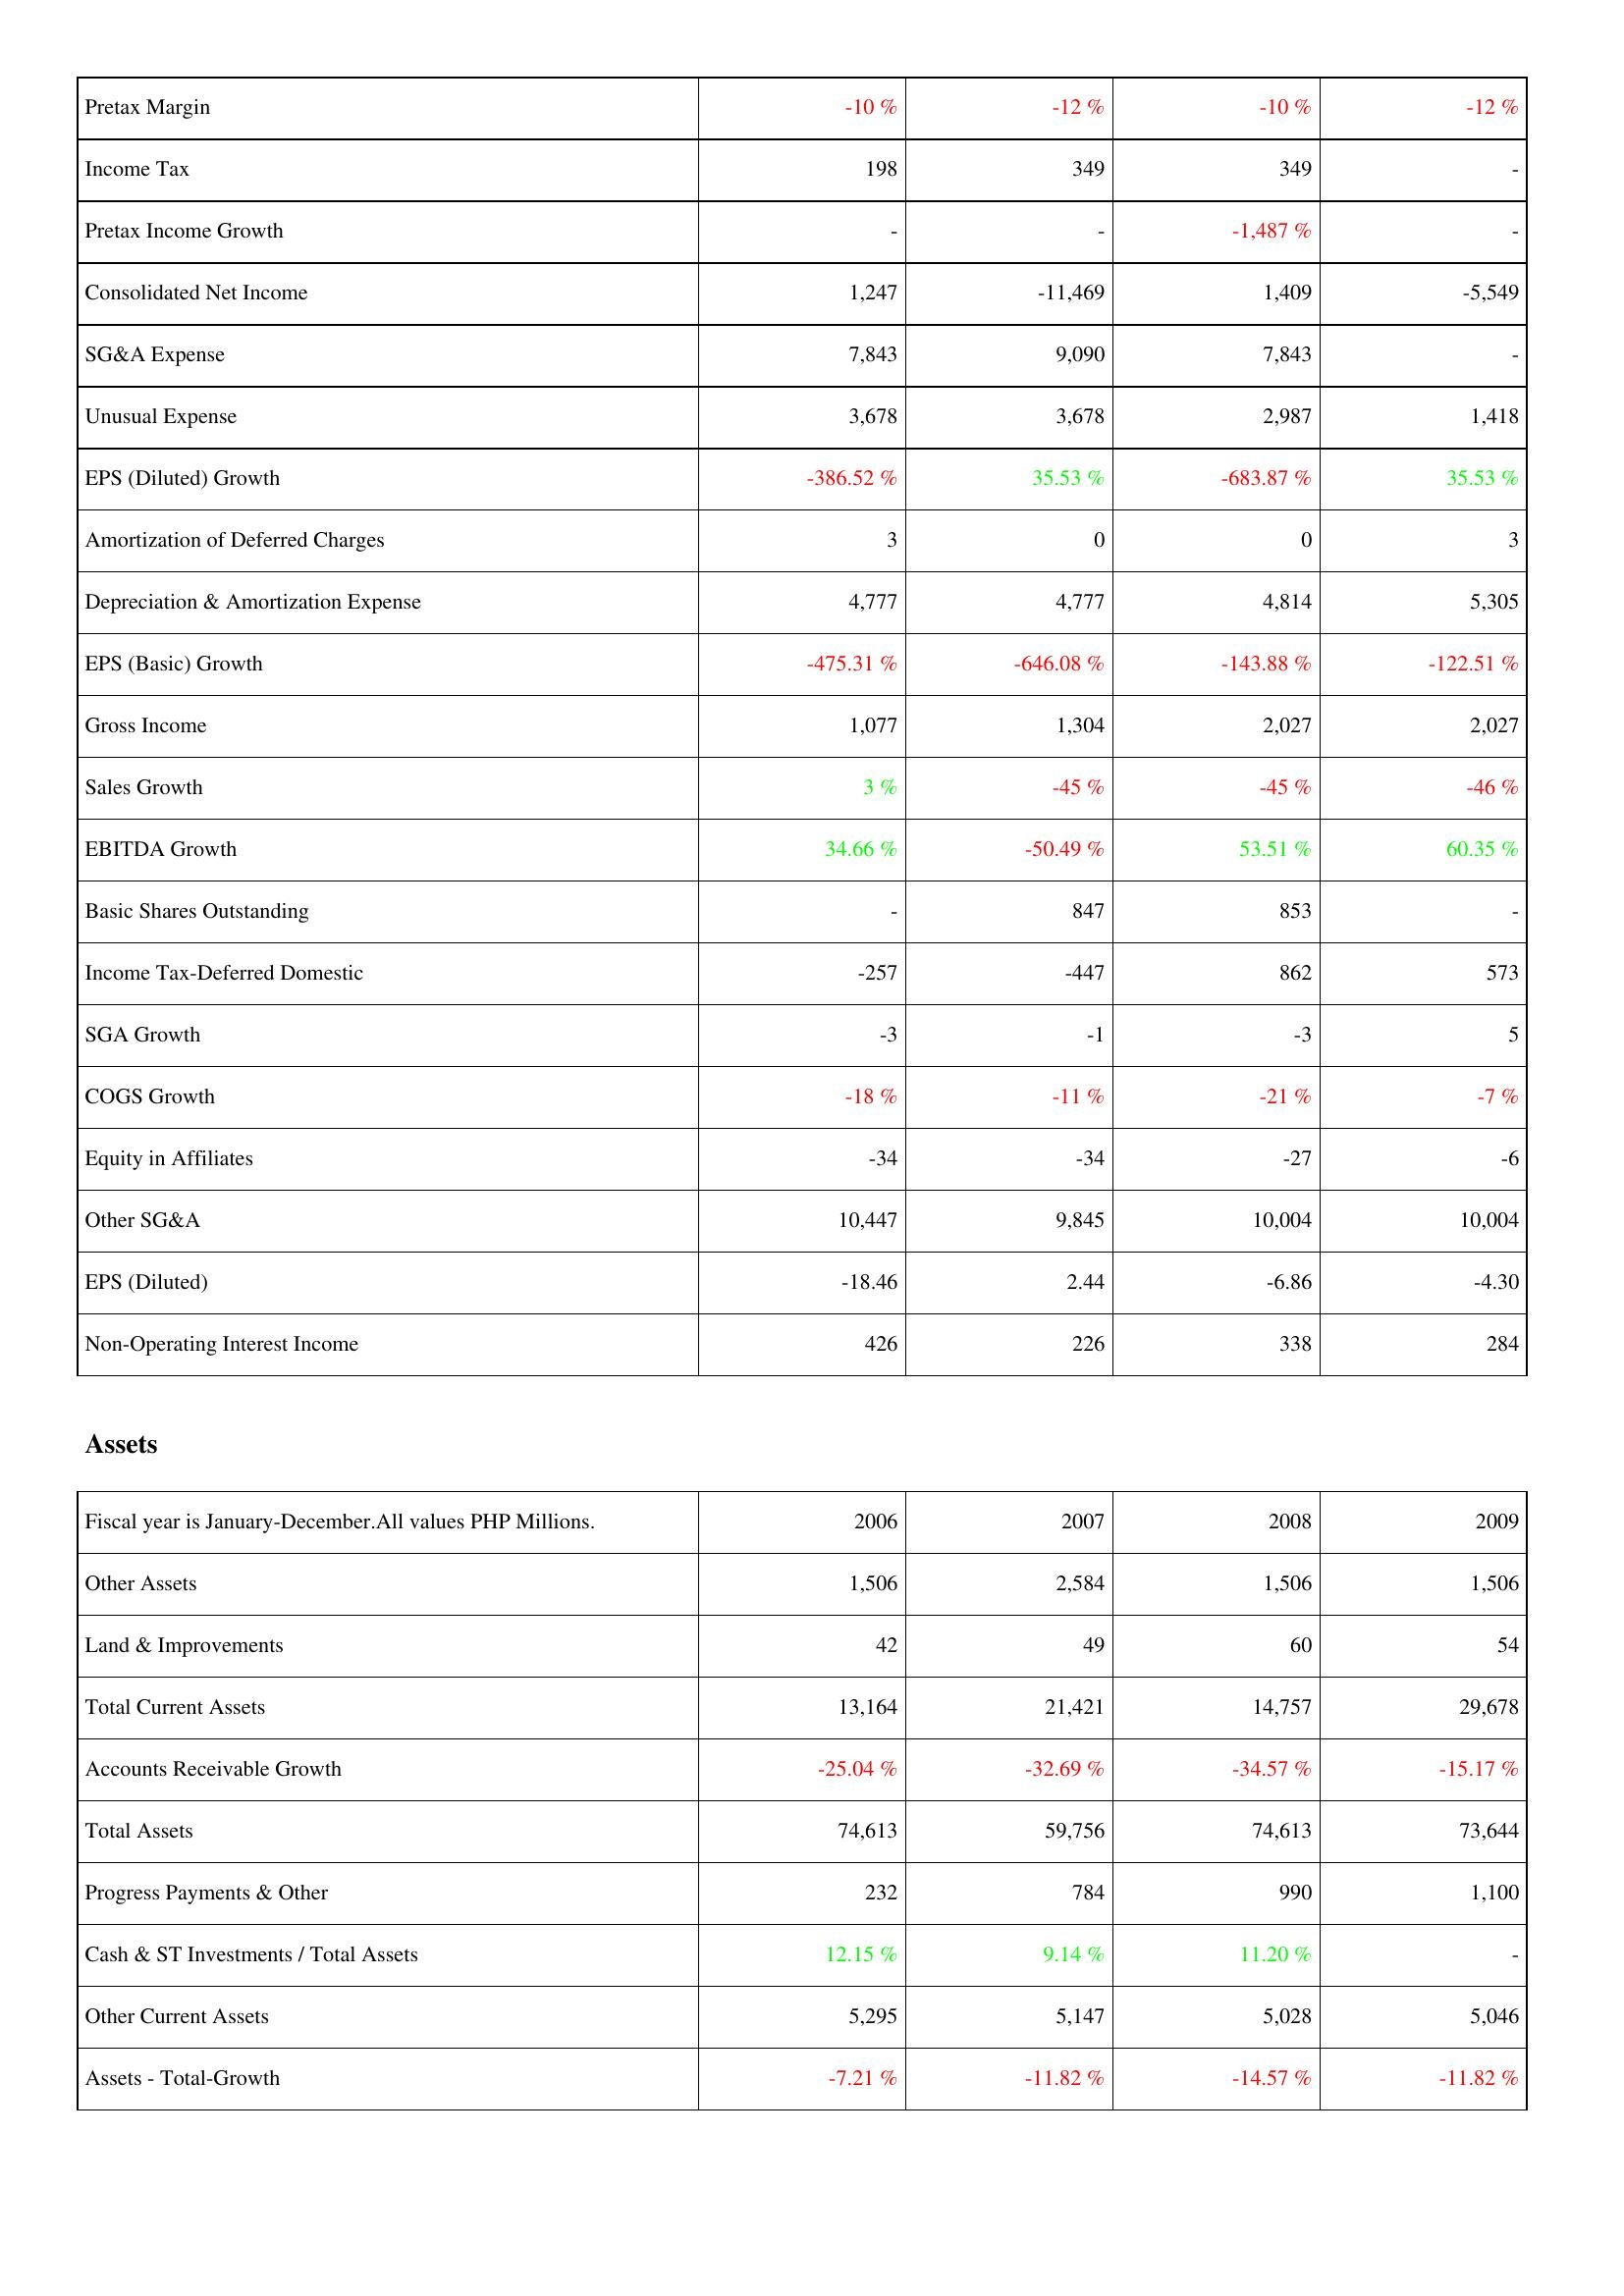
2006: Income Statement: Pretax Margin: -10 %
Income Tax: 198
Pretax Income Growth: -
Consolidated Net Income: 1,247
SG&A Expense: 7,843
Unusual Expense: 3,678
EPS (Diluted) Growth: -386.52 %
Amortization of Deferred Charges: 3
Depreciation & Amortization Expense: 4,777
EPS (Basic) Growth: -475.31 %
Gross Income: 1,077
Sales Growth: 3 %
EBITDA Growth: 34.66 %
Basic Shares Outstanding: -
Income Tax-Deferred Domestic: -257
SGA Growth: -3
COGS Growth: -18 %
Equity in Affiliates: -34
Other SG&A: 10,447
EPS (Diluted): -18.46
Non-Operating Interest Income: 426
Assets: Other Assets: 1,506
Land & Improvements: 42
Total Current Assets: 13,164
Accounts Receivable Growth: -25.04 %
Total Assets: 74,613
Progress Payments & Other: 232
Cash & ST Investments / Total Assets: 12.15 %
Other Current Assets: 5,295
Assets - Total-Growth: -7.21 %
2007: Income Statement: Pretax Margin: -12 %
Income Tax: 349
Pretax Income Growth: -
Consolidated Net Income: -11,469
SG&A Expense: 9,090
Unusual Expense: 3,678
EPS (Diluted) Growth: 35.53 %
Amortization of Deferred Charges: 0
Depreciation & Amortization Expense: 4,777
EPS (Basic) Growth: -646.08 %
Gross Income: 1,304
Sales Growth: -45 %
EBITDA Growth: -50.49 %
Basic Shares Outstanding: 847
Income Tax-Deferred Domestic: -447
SGA Growth: -1
COGS Growth: -11 %
Equity in Affiliates: -34
Other SG&A: 9,845
EPS (Diluted): 2.44
Non-Operating Interest Income: 226
Assets: Other Assets: 2,584
Land & Improvements: 49
Total Current Assets: 21,421
Accounts Receivable Growth: -32.69 %
Total Assets: 59,756
Progress Payments & Other: 784
Cash & ST Investments / Total Assets: 9.14 %
Other Current Assets: 5,147
Assets - Total-Growth: -11.82 %
2008: Income Statement: Pretax Margin: -10 %
Income Tax: 349
Pretax Income Growth: -1,487 %
Consolidated Net Income: 1,409
SG&A Expense: 7,843
Unusual Expense: 2,987
EPS (Diluted) Growth: -683.87 %
Amortization of Deferred Charges: 0
Depreciation & Amortization Expense: 4,814
EPS (Basic) Growth: -143.88 %
Gross Income: 2,027
Sales Growth: -45 %
EBITDA Growth: 53.51 %
Basic Shares Outstanding: 853
Income Tax-Deferred Domestic: 862
SGA Growth: -3
COGS Growth: -21 %
Equity in Affiliates: -27
Other SG&A: 10,004
EPS (Diluted): -6.86
Non-Operating Interest Income: 338
Assets: Other Assets: 1,506
Land & Improvements: 60
Total Current Assets: 14,757
Accounts Receivable Growth: -34.57 %
Total Assets: 74,613
Progress Payments & Other: 990
Cash & ST Investments / Total Assets: 11.20 %
Other Current Assets: 5,028
Assets - Total-Growth: -14.57 %
2009: Income Statement: Pretax Margin: -12 %
Income Tax: -
Pretax Income Growth: -
Consolidated Net Income: -5,549
SG&A Expense: -
Unusual Expense: 1,418
EPS (Diluted) Growth: 35.53 %
Amortization of Deferred Charges: 3
Depreciation & Amortization Expense: 5,305
EPS (Basic) Growth: -122.51 %
Gross Income: 2,027
Sales Growth: -46 %
EBITDA Growth: 60.35 %
Basic Shares Outstanding: -
Income Tax-Deferred Domestic: 573
SGA Growth: 5
COGS Growth: -7 %
Equity in Affiliates: -6
Other SG&A: 10,004
EPS (Diluted): -4.30
Non-Operating Interest Income: 284
Assets: Other Assets: 1,506
Land & Improvements: 54
Total Current Assets: 29,678
Accounts Receivable Growth: -15.17 %
Total Assets: 73,644
Progress Payments & Other: 1,100
Cash & ST Investments / Total Assets: -
Other Current Assets: 5,046
Assets - Total-Growth: -11.82 %